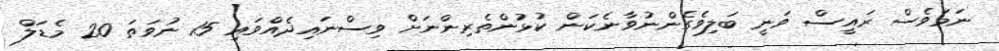
ނަމަވެސް ރައީސް ވަނީ ބަލިވެގެންނުވާނެކަން ކުޅުންތެރިންނަށް ވިސްނައިދެއްވައި 15 ނުވަތަ 20 މެޑަލް